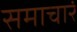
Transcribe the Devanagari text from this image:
समाचारं